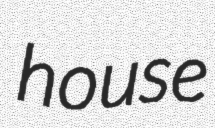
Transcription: house